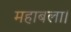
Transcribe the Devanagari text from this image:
महाबला।